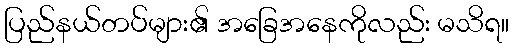
ပြည်နယ်တပ်များ၏ အခြေအနေကိုလည်း မသိရ။